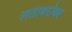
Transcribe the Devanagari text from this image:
लताबरोबर